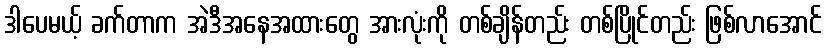
ဒါပေမယ့် ခက်တာက အဲဒီအနေအထားတွေ အားလုံးကို တစ်ချိန်တည်း တစ်ပြိုင်တည်း ဖြစ်လာအောင်